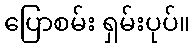
ပြောစမ်း ရှမ်းပုပ်။